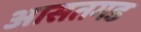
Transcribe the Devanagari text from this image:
आसतगड